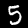
Label: 5